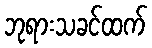
ဘုရားသခင်ထက်